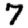
Digit: 7